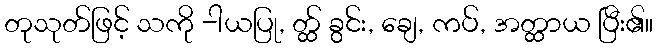
တုသုတ်ဖြင့် သကို -ါယပြု, တ္ထ် ခွင်း, ချေ, ကပ်, အတ္ထာယ ပြီး၏။